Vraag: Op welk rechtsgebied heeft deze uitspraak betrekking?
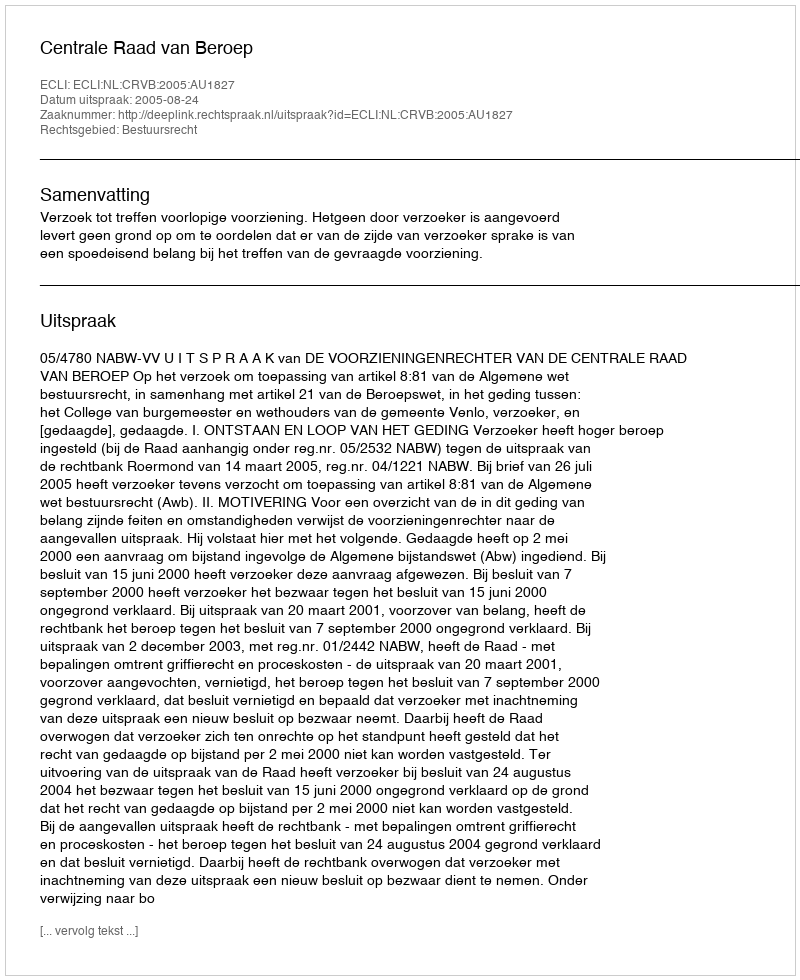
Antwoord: Bestuursrecht